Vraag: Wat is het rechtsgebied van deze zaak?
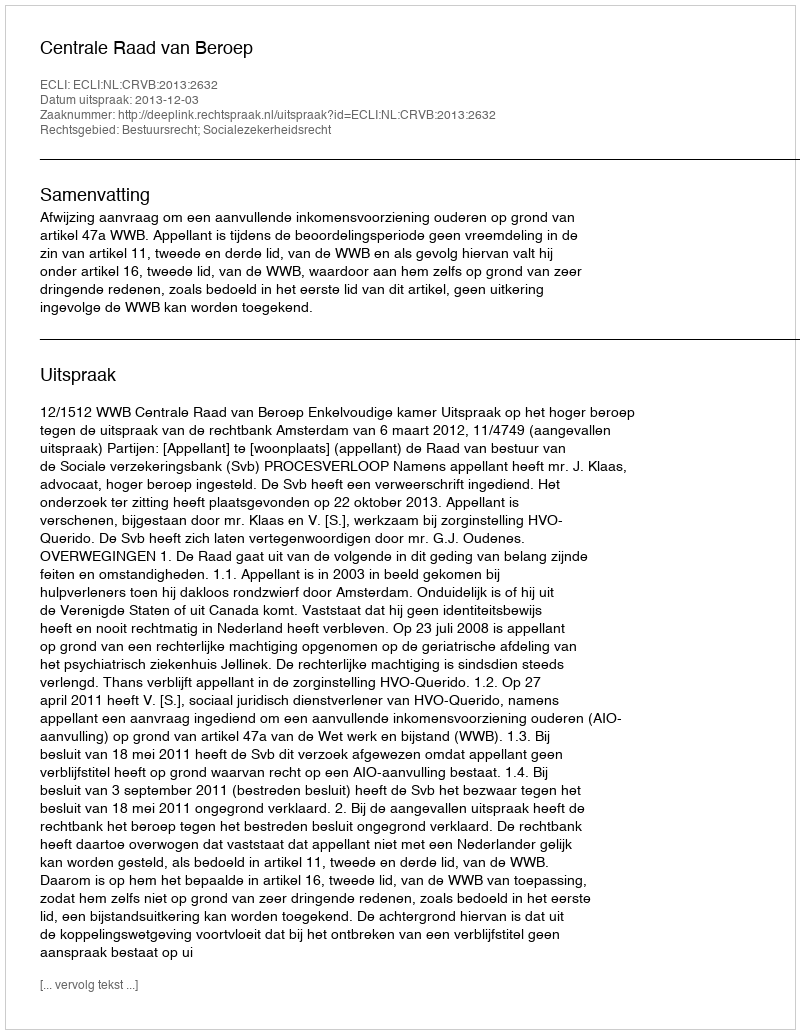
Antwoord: Bestuursrecht; Socialezekerheidsrecht